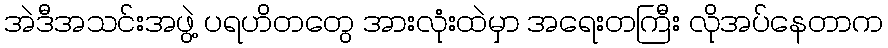
အဲဒီအသင်းအဖွဲ့ ပရဟိတတွေ အားလုံးထဲမှာ အရေးတကြီး လိုအပ်နေတာက